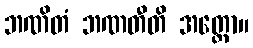
ဘဏိတံ ဘဏတီတိ အတ္ထော။